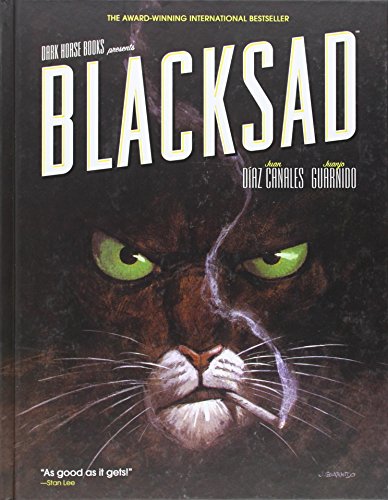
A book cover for Blacksad; Juan Diaz Canales; Comics & Graphic Novels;